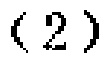
-2